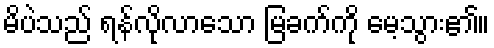
မိပဲသည် ရန်လိုလာသော မြခက်ကို မေ့သွား၏။